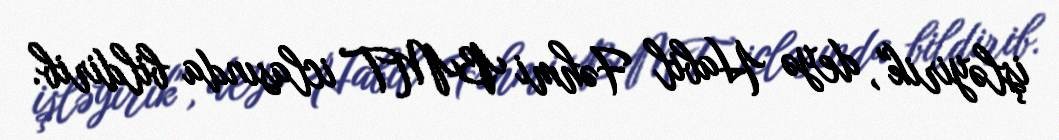
işləyirik", deyə Habil Fəhmi BMT iclasında bildirib.